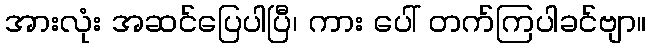
အားလုံး အဆင်ပြေပါပြီ၊ ကား ပေါ် တက်ကြပါခင်ဗျာ။